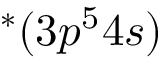
^ { * } ( 3 p ^ { 5 } 4 s )